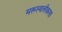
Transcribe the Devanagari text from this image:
मरूस्थलीकरण